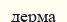
дерма